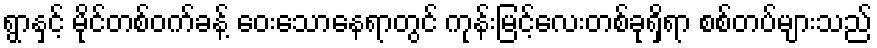
ရွာနှင့် မိုင်တစ်ဝက်ခန့် ဝေးသောနေရာတွင် ကုန်းမြင့်လေးတစ်ခုရှိရာ စစ်တပ်များသည်